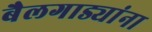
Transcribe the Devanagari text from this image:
बैलगाड्यांना